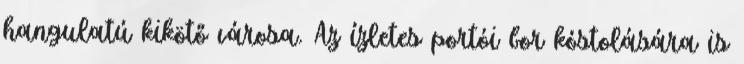
hangulatú kikötő városa. Az ízletes portói bor kóstolására is